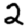
Digit: 2